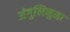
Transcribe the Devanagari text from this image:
अंगुलिनुमा